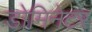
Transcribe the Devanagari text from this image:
डोमिनेटर